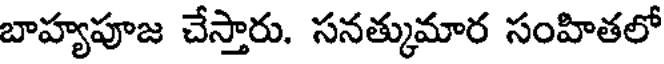
బాహ్యపూజ చేస్తారు. సనత్కుమార సంహితలో